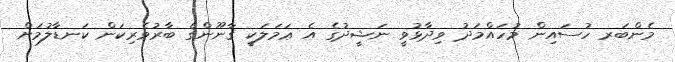
މެންބަރ ހުސައިން މުހައްމަދު ވިދާޅުވީ ނަޝީދުގެ އެ ޢަމަލަކީ ޤާނޫންގެ ބާރުވެރިކަން ކަނޑާލުމަށް